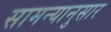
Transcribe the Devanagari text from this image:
सामन्यानुसार